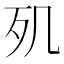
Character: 𣦽